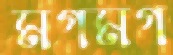
মগমগ